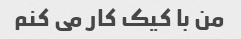
من با کیک کار می کنم